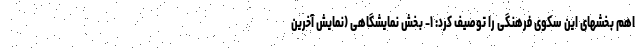
اهم بخشهای این سکوی فرهنگی را توصیف کرد: ۱- بخش نمایشگاهی (نمایش آخرین